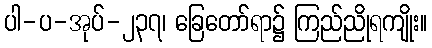
ပါ-ပ-အုပ်-၂၃၇၊ ခြေတော်ရာ၌ ကြည်ညိုရကျိုး။